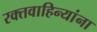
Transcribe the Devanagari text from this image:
रक्तवाहिन्यांना